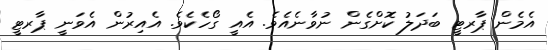
އެމެން ޕާރޓީ ބަދަލު ކޮށްގެން ނުވާނެއެވެ. އެއީ ގޯހެކެވެ. އެއިރުން އެވަނީ ޕާރޓީ